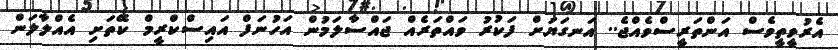
އެރުވީތީވެސް އަންތަރީސްވެއްޖެ.. އަނގަޔަށް ފަކުރު ވައްތަރެއް ޖައްސާލަމުން އަހުނަފް އައިސްކްރީމް ކޭތަށި އެއްލާލަން